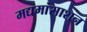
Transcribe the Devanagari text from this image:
मद्यमांसाशन